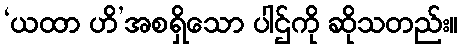
‘ယထာ ဟိ’အစရှိသော ပါဌ်ကို ဆိုသတည်း။